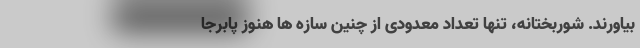
بیاورند. شوربختانه، تنها تعداد معدودی از چنین سازه ها هنوز پابرجا